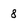
Character: 8